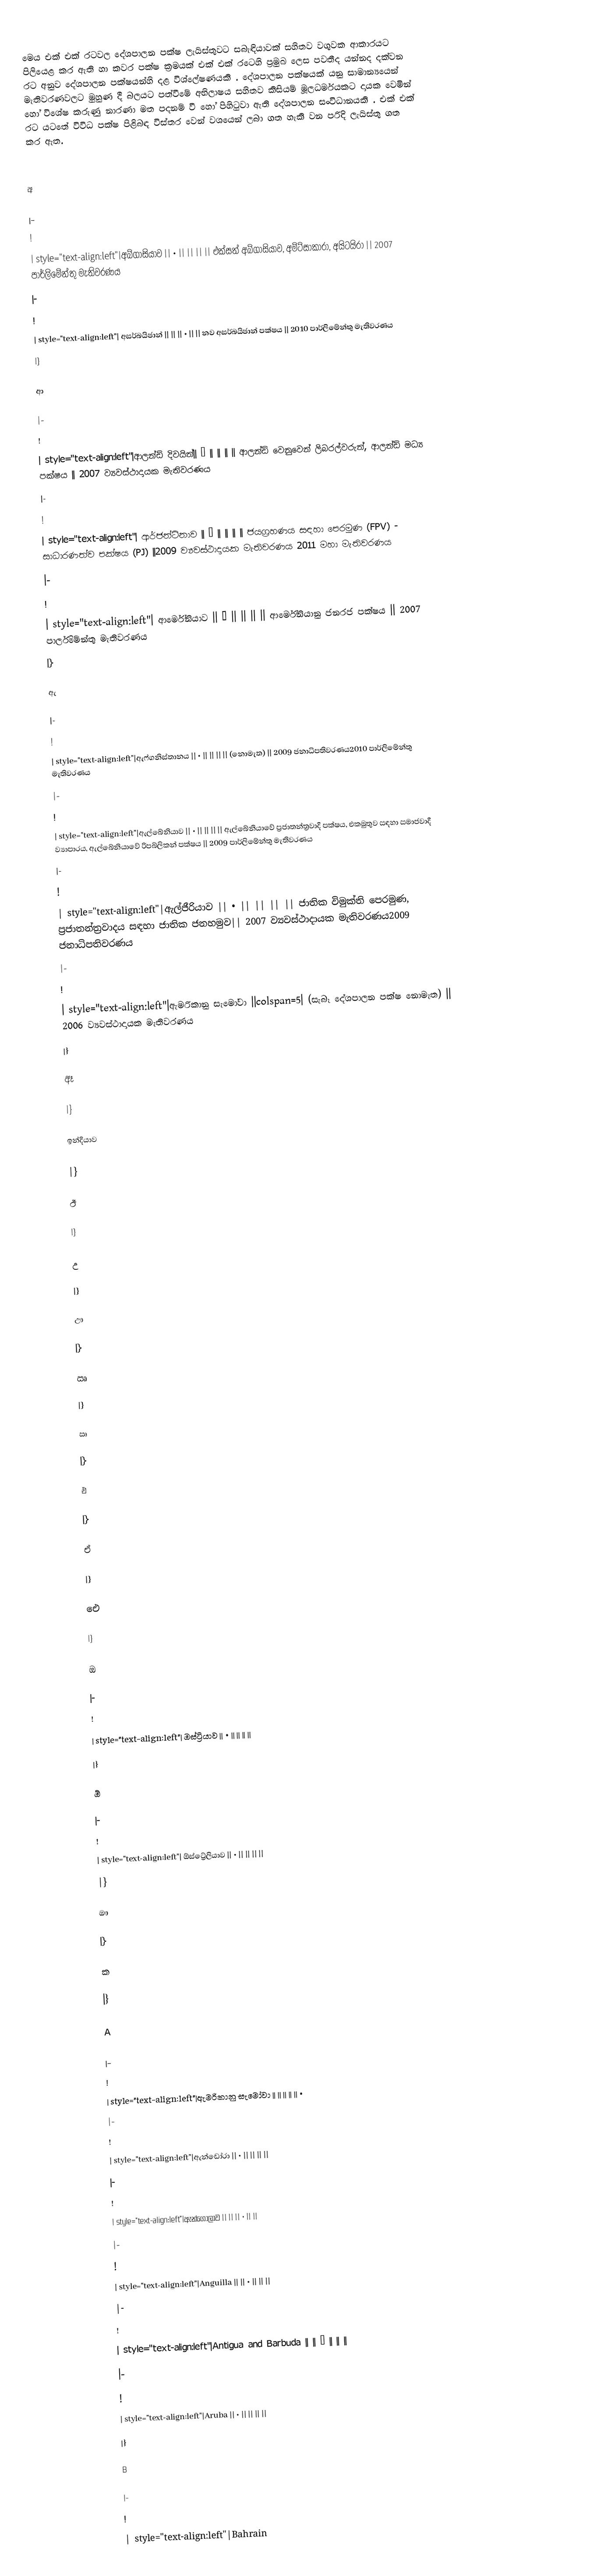
මෙය එක් එක් රටවල දේශපාලන පක්ෂ ලැයිස්තුවට සබැඳියාවක් සහිතව වගුවක ආකාරයට පිලියෙළ කර ඇති හා කවර පක්ෂ ක්‍රමයක් එක් එක් රටෙහි ප්‍රමුඛ ලෙස පවතීද යන්නද දක්වන රට අනුව දේශපාලන පක්ෂයන්හි දළ විශ්ලේෂණයකි .  දේශපාලන පක්ෂයක් යනු  සාමාන්‍යයෙන් මැතිවරණවලට මුහුණ දී බලයට පත්වීමේ අභිලාෂය සහිතව   කිසියම් මූලධර්මයකට දායක වෙමින් හෝ විශේෂ කරුණු නාරණා මත පදනම් වී හෝ පිහිටුවා ඇති  දේශපාලන සංවිධානයකි  .  එක් එක් රට යටතේ විවිධ පක්ෂ පිළිබඳ විස්තර වෙන් වශයෙන් ලබා ගත හැකි වන පරිදි ලැයිස්තු ගත කර ඇත.

අ

|-
!
| style="text-align:left"|අබ්ගාසියාව || • || || || || එක්සත් අබ්ගාසියාව, අම්ට්සාකාරා, අයිටයිරා || 2007 පාර්ලිමේන්තු මැතිවරණය
|-
!
| style="text-align:left"| අසර්බයිජාන් || || || • || || නව අසර්බයිජාන් පක්ෂය || 2010 පාර්ලිමේන්තු මැතිවරණය
|}

ආ

|-
!
| style="text-align:left"|ආලන්ඩ් දිවයින්|| • || || || || ආලන්ඩ් වෙනුවෙන් ලිබරල්වරුන්, ආලන්ඩ් මධ්‍ය පක්ෂය || 2007 ව්‍යවස්ථාදායක මැතිවරණය
|-
!
| style="text-align:left"| ආර්ජන්ටිනාව || • || || || || ජයග්‍රහණය සඳහා පෙරමුණ (FPV) - සාධාරණත්ව පක්ෂය (PJ) ||2009 ව්‍යවස්ථාදායක මැතිවරණය  2011 මහා මැතිවරණය
|-
!
| style="text-align:left"| ආර්මේනියාව || • || || || || ආර්මේනියානු ජනරජ පක්ෂය || 2007 පාර්ලිමේන්තු මැතිවරණය
|}

ඇ

|-
!
| style="text-align:left"|ඇෆ්ගනිස්තානය  || • || || || || (නොමැත) || 2009 ජනාධිපතිවරණය2010 පාර්ලිමේන්තු මැතිවරණය
|-
!
| style="text-align:left"|ඇල්බේනියාව || • || || || || ඇල්බේනියාවේ ප්‍රජාතන්ත්‍රවාදී පක්ෂය, එකමුතුව සඳහා සමාජවාදී ව්‍යාපාරය, ඇල්බේනියාවේ රිපබ්ලිකන් පක්ෂය || 2009 පාර්ලිමේන්තු මැතිවරණය
|-
!
| style="text-align:left"|ඇල්ජීරියාව || • || || || || ජාතික විමුක්ති පෙරමුණ, ප්‍රජාතන්ත්‍රවාදය සඳහා ජාතික ජනහමුව|| 2007  ව්‍යවස්ථාදායක මැතිවරණය2009 ජනාධිපතිවරණය
|-
!
| style="text-align:left"|ඇමරිකානු සැමෝවා ||colspan=5| (සැබෑ දේශපාලන පක්ෂ නොමැත) || 2006 ව්‍යවස්ථාදායක මැතිවරණය
|}

ඈ

|}

ඉන්දියාව

|}

ඊ

|}

උ

|}

ඌ

|}

ඍ

|}

ඍ

|}

එ

|}

ඒ

|}

ඓ

|}

ඔ

|-
!
| style="text-align:left"| ඔස්ට්‍රියාව || • || || || ||
|}

ඕ

|-
!
| style="text-align:left"| ඕස්ට්‍රේලියාව || • || || || ||
|}

ඖ

|}

ක

|}

A

|-
!
| style="text-align:left"|ඇමරිකානු සැමෝවා || || || || || •
|-
!
| style="text-align:left"|ඇන්ඩෝරා || • || || || ||
|-
!
| style="text-align:left"|ඇන්ගෝලාව || || || • || ||
|-
!
| style="text-align:left"|Anguilla || || • || || ||
|-
!
| style="text-align:left"|Antigua and Barbuda || || • || || ||
|-
!
| style="text-align:left"|Aruba || • || || || ||
|}

B

|-
!
| style="text-align:left"|Bahrain